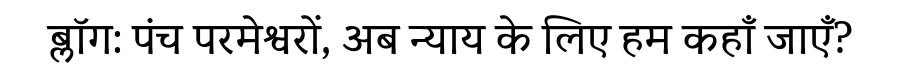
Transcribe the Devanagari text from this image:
ब्लॉग: पंच परमेश्वरों, अब न्याय के लिए हम कहाँ जाएँ?